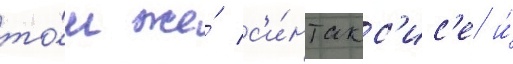
то́м же́ с'и́нтакс'ис'е и́